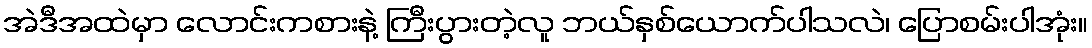
အဲဒီအထဲမှာ လောင်းကစားနဲ့ ကြီးပွားတဲ့လူ ဘယ်နှစ်ယောက်ပါသလဲ၊ ပြောစမ်းပါအုံး။